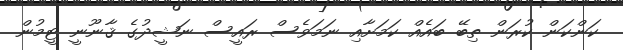
ކަންކަން ކުރަން ތިބޭ ބައެއް ކަމަށާއި ނަމަވެސް ރައީސް ނަޝީދުގެ ޤާނޫނީ ޓީމުން